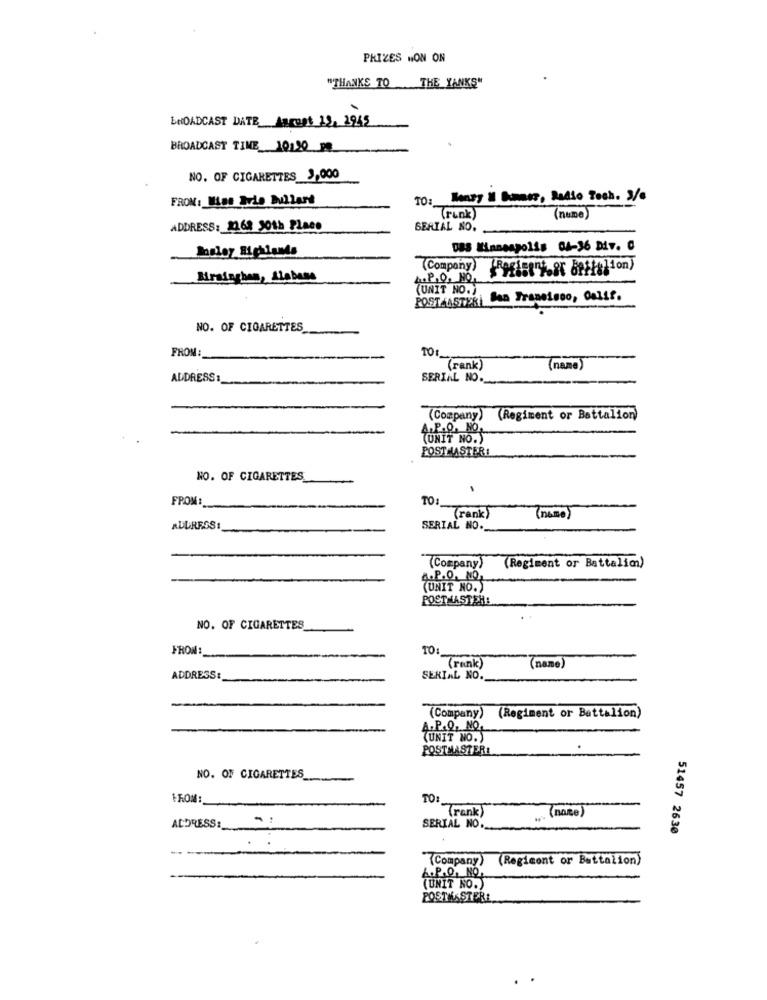
PRIZES HON ON
"THANKS TO THE YANKS"
BROADCAST DATE Accept 13, 1945
NO. OF CIGARETTES 3,000
FROM: Miss Drie bullars
TO: Money Il kommer, Radio Tech. 3/4
(runk)
(nume)
ADDRESS: 2262 30th Place
SERIAL NO.
083 Minneapolis 04-36 Div. C
(Company) Peristy.st ballution)
Birmingham, Alabase
4.P. O, HO
(UNIT NO. )
POSTMASTERi San Francisco, Calif.
NO. OF CIGARETTES
TO:
FROM
(rank )
(name)
ADDRESS:
SERIAL NO.
(Company)
(Regiment or Battalion)
A.P.º. NO,
ONIT NO.)
POSTMASTER!
NO. OF CIGARETTES
FROM:
TO:
(rank)
(name)
ADDRESS:
SERIAL NO.
(Company)
(Regiment or Battalim)
4.P.O. NO,
(UNIT NO.)
POSTNASTEH:
NO. OF CIGARETTES
FROM:
TO:
(rank)
(name)
ADDRESS:
SERIAL NO.
(Company)
(Regiment or Battalion)
A.P.Q. NO.
(UNIT NO.)
POSTMASTER!
NO. OF CIGARETTES_
TO:
(rank)
. (name)
ADDRESS :_
SERIAL NO.
51457 2630
(Company) (Regicont or Battalion)
&.P.O, NO.
(UNIT NO.)
POSTMASTERE